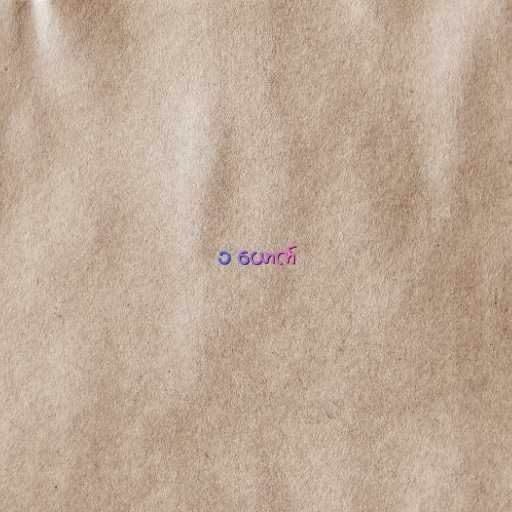
၁ ယောက်